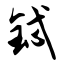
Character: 铽